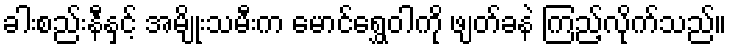
ခါးစည်းနီနှင့် အမျိုးသမီးက မောင်ရွှေဝါကို ဖျတ်ခနဲ ကြည့်လိုက်သည်။